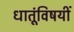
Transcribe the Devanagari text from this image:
धातूंविषयीं